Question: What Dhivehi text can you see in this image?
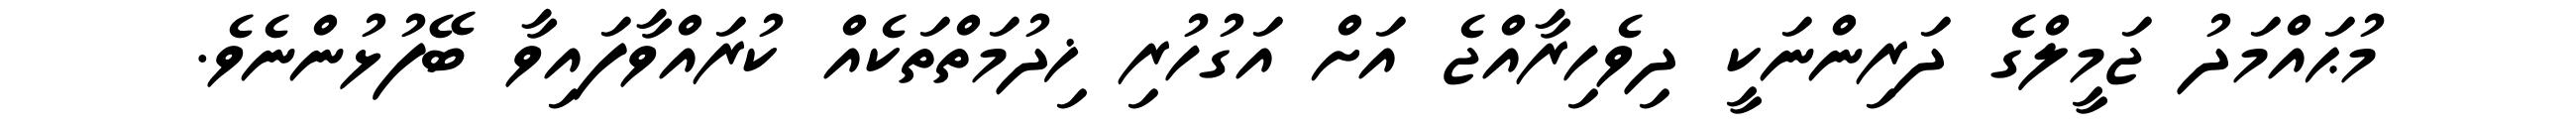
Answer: މުޙައްމަދު ޖަމީލްގެ ދަރިންނަކީ ދިވެހިރާއްޖެ އަށް އަގުހުރި ޚިދުމަތްތަކެއް ކުރައްވާފައިވާ ބޭފުޅުންނެވެ.